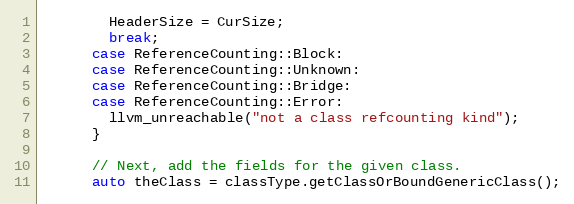
Language: C++
        HeaderSize = CurSize;
        break;
      case ReferenceCounting::Block:
      case ReferenceCounting::Unknown:
      case ReferenceCounting::Bridge:
      case ReferenceCounting::Error:
        llvm_unreachable("not a class refcounting kind");
      }

      // Next, add the fields for the given class.
      auto theClass = classType.getClassOrBoundGenericClass();